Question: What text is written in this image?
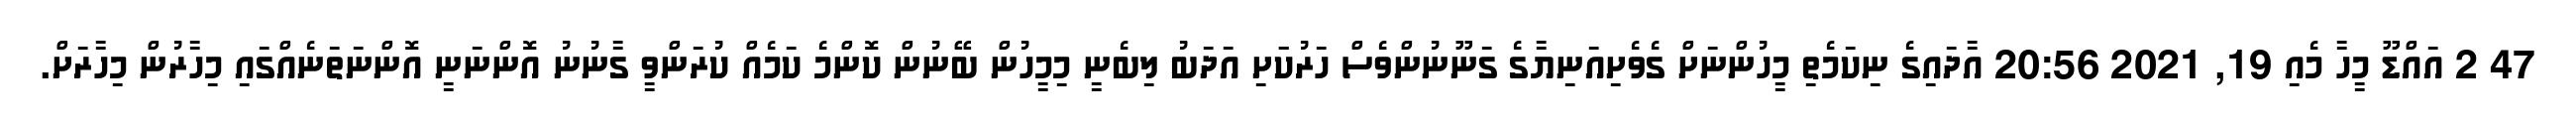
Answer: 47 2 އައްޑޫ މީހާ މެއި 19, 2021 20:56 އާދައިގެ ނިކަމެތި މީހުންނަށް ގެވެށިއަނިޔާގެ ގަނޫނުންވެސް ހަރުކަަށި އަދަބު ލިބެނީ މިމީހުން ބޭނުން ކޮންމެ ކަމެއް ކުރަންވީ ގާނުނު އޮންނަނީ އޮންނަތަނެއްގައި މިހާރުން މިހާރަށް.